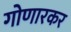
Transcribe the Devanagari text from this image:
गोणारकर